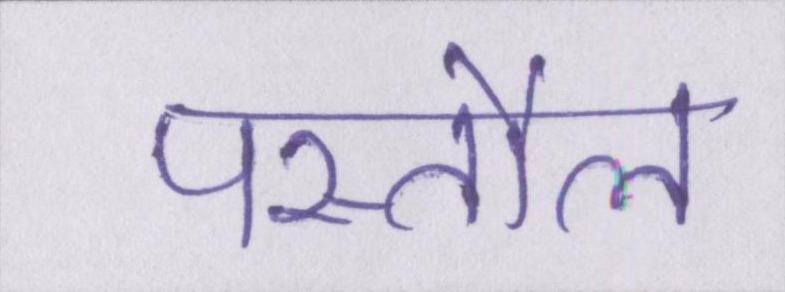
पस्तौल